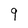
Character: 9